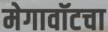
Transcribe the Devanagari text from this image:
मेगावॉटचा